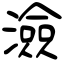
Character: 澰